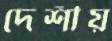
দেশীয়